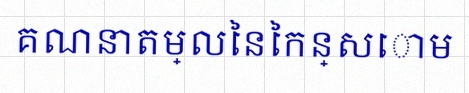
គណនាតម្លៃនៃកន្សោម